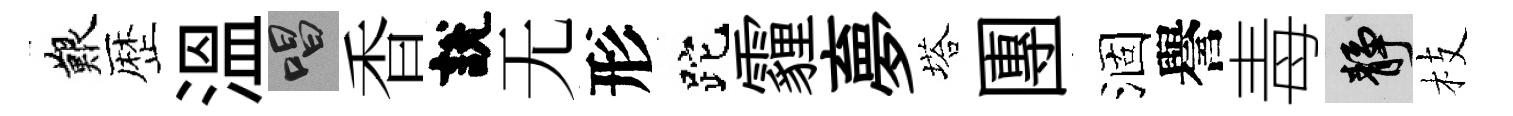
艱歴溫唱香說无形跎霾夣塔團涸譽毒靜枝